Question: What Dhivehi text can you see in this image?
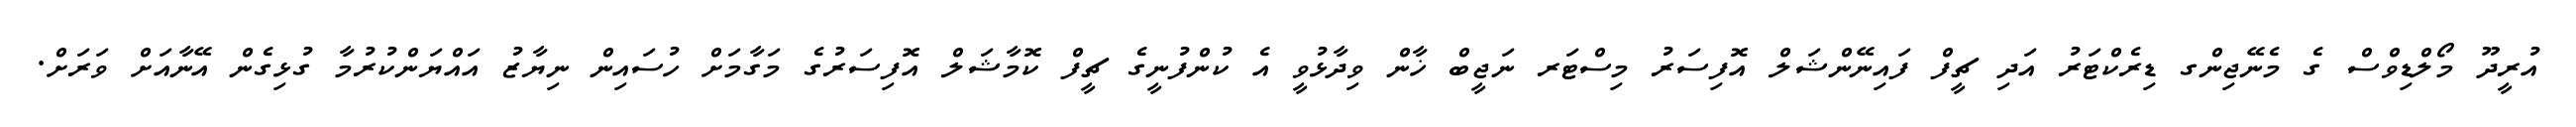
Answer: އުރީދޫ މޯލްޑިވްސް ގެ މެނޭޖިންގ ޑިރެކްޓަރު އަދި ޗީފް ފައިނޭންޝަލް އޮފިސަރު މިސްޓަރ ނަޖީބް ޚާން ވިދާޅުވީ އެ ކުންފުނީގެ ޗީފް ކޮމާޝަލް އޮފިސަރުގެ މަގާމަށް ހުސައިން ނިޔާޒު އައްޔަންކުރުމާ ގުޅިގެން އޭނާއަށް ވަރަށް.